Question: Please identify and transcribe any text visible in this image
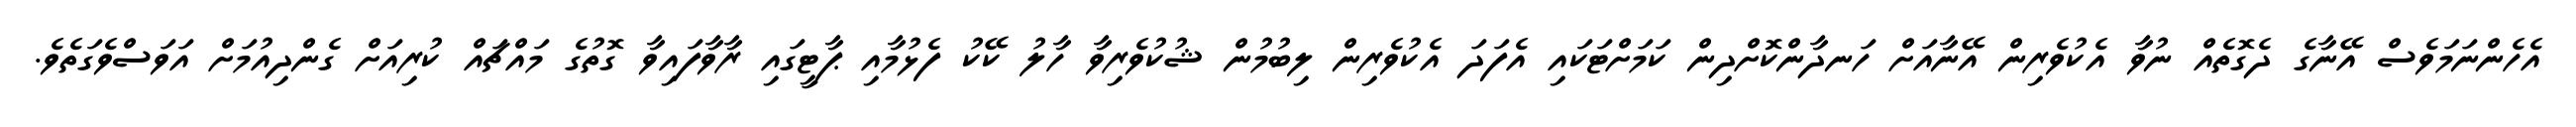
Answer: އެހެންނަމަވެސް އޭނާގެ ދެގޮތެއް ނުވާ އެކުވެރިން އޭނާއަށް ހަނދާންކޮށްދިން ކަމަށްޓަކައި އެފަދަ އެކުވެރިން ލިބުމުން ޝުކުވެރިވާ ހާލު ކޭކު ފެޅުމާއި ޕާޓީގައި ރާވާފައިވާ ގޮތުގެ މައްޗައް ކުރިއަށް ގެންދިއުމަށް އަވަސްވެގަތެވެ.